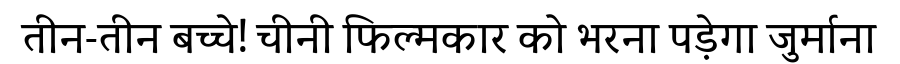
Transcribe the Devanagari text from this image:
तीन-तीन बच्चे! चीनी फिल्मकार को भरना पड़ेगा जुर्माना